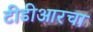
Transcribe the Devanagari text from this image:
टीडीआरचा